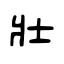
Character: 壯